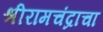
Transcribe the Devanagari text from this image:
श्रीरामचंद्राचा